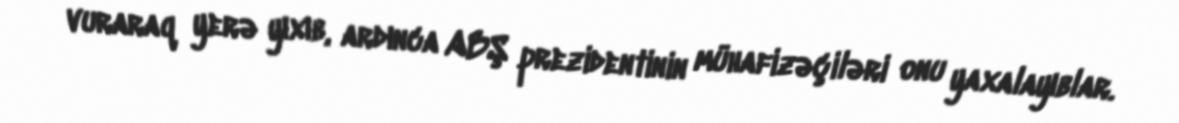
vuraraq yerə yıxıb, ardınca ABŞ prezidentinin mühafizəçiləri onu yaxalayıblar.